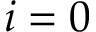
i = 0